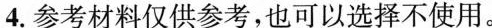
4.参考材料仅供参考，也可以选择不使用。